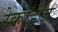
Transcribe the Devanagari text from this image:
रेकॉर्ड्‌ज